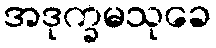
အဒုက္ခမသုခေ